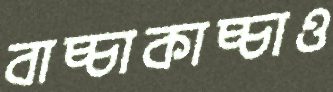
বাচ্চাকাচ্চাও